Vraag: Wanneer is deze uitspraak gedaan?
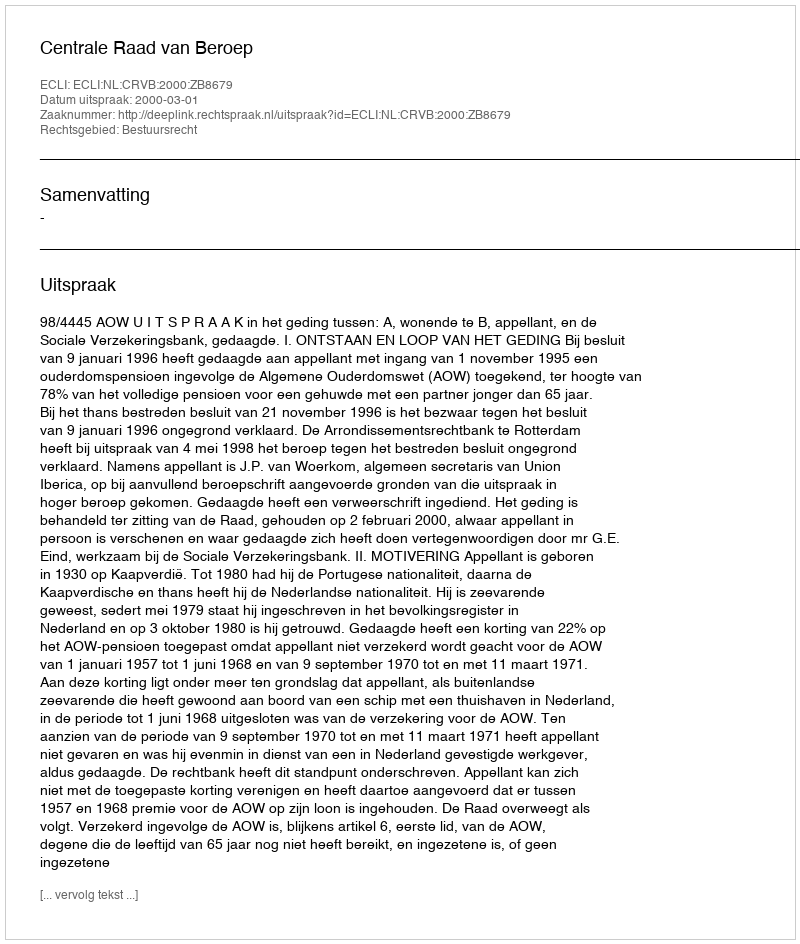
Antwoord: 2000-03-01